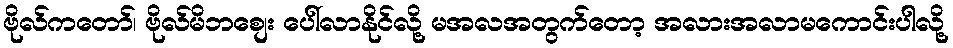
ဗိုလ်ကတော်၊ ဗိုလ်မိဘစျေး ပေါ်လာနိုင်လို့ မအလအတွက်တော့ အလားအလာမကောင်းပါလို့